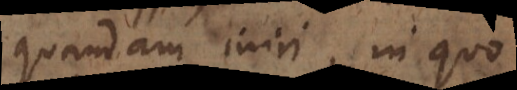
quandam iniri, in qua